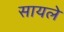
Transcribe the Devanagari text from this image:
सायले